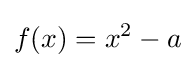
f(x)=x^{2}-a